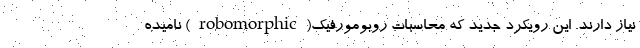
نیاز دارند. این رویکرد جدید که محاسبات روبومورفیک(robomorphic) نامیده